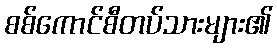
စစ်ကောင်စီတပ်သားများ၏